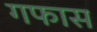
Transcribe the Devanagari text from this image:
गफास